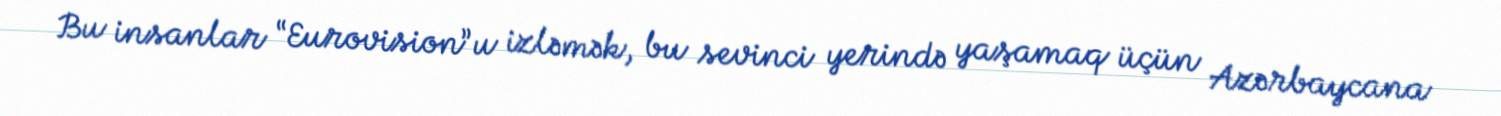
Bu insanlar “Eurovision”u izləmək, bu sevinci yerində yaşamaq üçün Azərbaycana